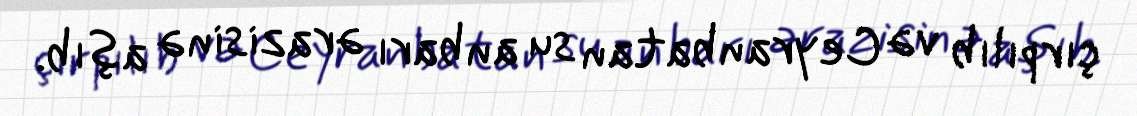
çırpılıb və Ceyranbatan su anbarı ərazisinə aşıb.